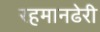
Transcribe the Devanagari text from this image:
रहमानढेरी